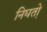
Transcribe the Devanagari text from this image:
निघतो़